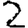
Digit: 2